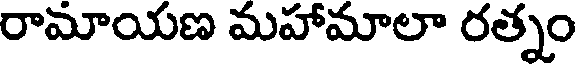
రామాయణ మహామాలా రత్నం